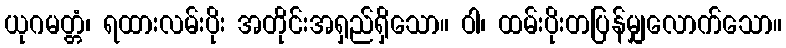
ယုဂမတ္တံ၊ ရထားလမ်းပိုး အတိုင်းအရှည်ရှိသော။ ဝါ၊ ထမ်းပိုးတပြန်မျှလောက်သော။